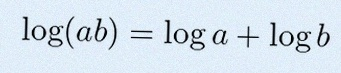
\log(ab)=\log a+\log b